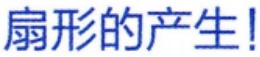
扇形的产生！